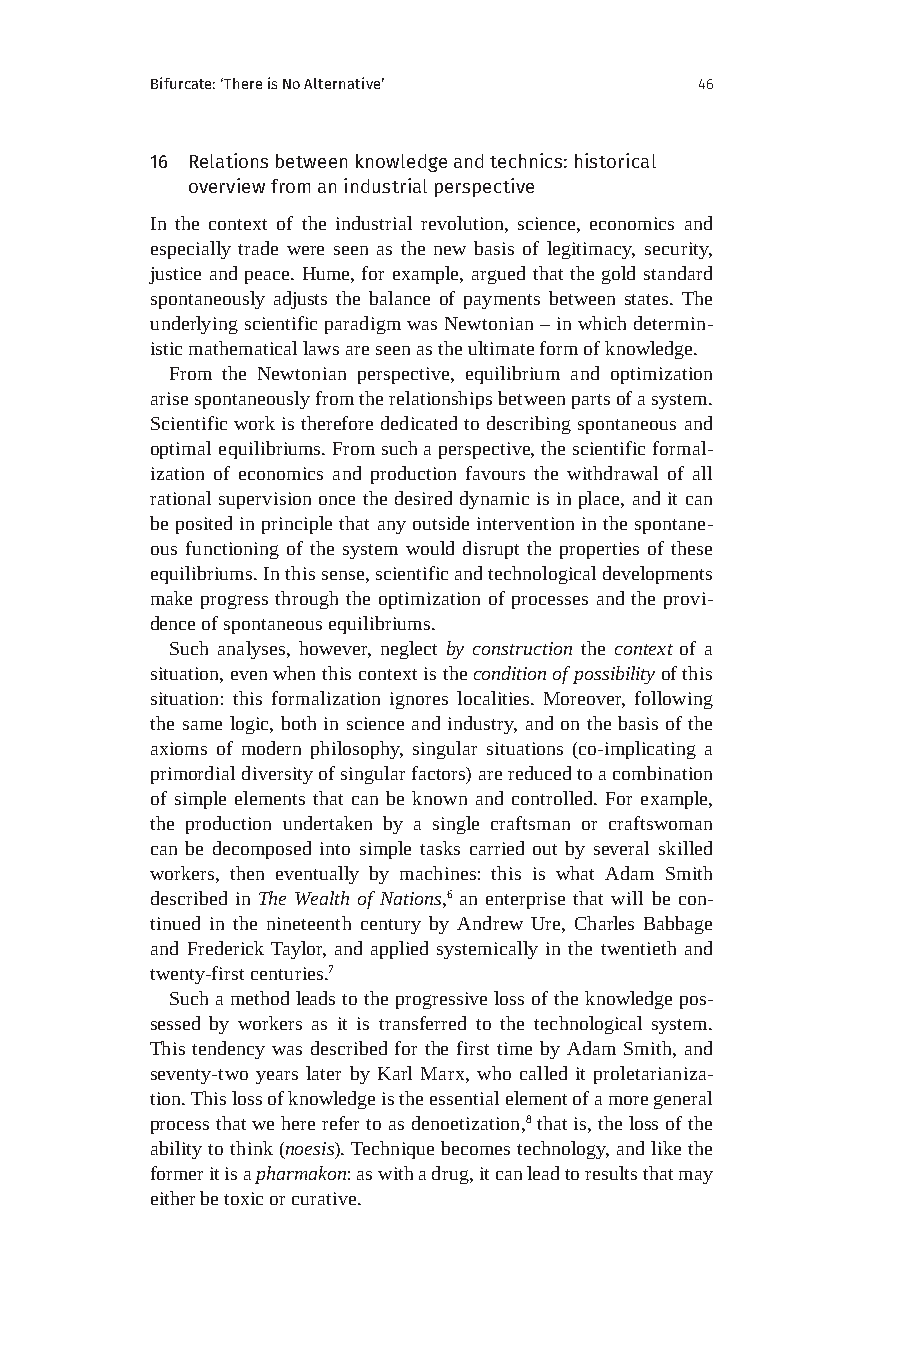
Bifurcate: ‘There is No Alternative’ 46
 16 Relations between knowledge and technics: historical
 overview from an industrial perspective
 In the context of the industrial revolution, science, economics and
 especially trade were seen as the new basis of legitimacy, security,
 justice and peace. Hume, for example, argued that the gold standard
 spontaneously adjusts the balance of payments between states. The
 underlying scientific paradigm was Newtonian – in which determin-
 istic mathematical laws are seen as the ultimate form of knowledge.
 From the Newtonian perspective, equilibrium and optimization
 arise spontaneously from the relationships between parts of a system.
 Scientific work is therefore dedicated to describing spontaneous and
 optimal equilibriums. From such a perspective, the scientific formal-
 ization of economics and production favours the withdrawal of all
 rational supervision once the desired dynamic is in place, and it can
 be posited in principle that any outside intervention in the spontane-
 ous functioning of the system would disrupt the properties of these
 equilibriums. In this sense, scientific and technological developments
 make progress through the optimization of processes and the provi-
 dence of spontaneous equilibriums.
 Such analyses, however, neglect by construction the context of a
 situation, even when this context is the condition of possibility of this
 situation: this formalization ignores localities. Moreover, following
 the same logic, both in science and industry, and on the basis of the
 axioms of modern philosophy, singular situations (co-implicating a
 primordial diversity of singular factors) are reduced to a combination
 of simple elements that can be known and controlled. For example,
 the production undertaken by a single craftsman or craftswoman
 can be decomposed into simple tasks carried out by several skilled
 workers, then eventually by machines: this is what Adam Smith
 described in The Wealth of Nations,6 an enterprise that will be con-
 tinued in the nineteenth century by Andrew Ure, Charles Babbage
 and Frederick Taylor, and applied systemically in the twentieth and
 twenty-first centuries.7
 Such a method leads to the progressive loss of the knowledge pos-
 sessed by workers as it is transferred to the technological system.
 This tendency was described for the first time by Adam Smith, and
 seventy-two years later by Karl Marx, who called it proletarianiza-
 tion. This loss of knowledge is the essential element of a more general
 process that we here refer to as denoetization,8 that is, the loss of the
 ability to think (noesis). Technique becomes technology, and like the
 former it is a pharmakon: as with a drug, it can lead to results that may
 either be toxic or curative.